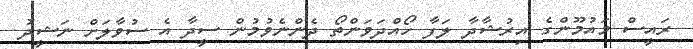
ރައީސް މައުމޫންގެ އިރުޝާދާ ލަފާ ހޯއްދަވަންތޯ ދެންނެވުމުން ސީދާ އެ ސުވާލަށް ނަޝީދު